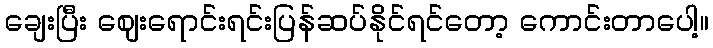
ချေးပြီး ဈေးရောင်းရင်းပြန်ဆပ်နိုင်ရင်တော့ ကောင်းတာပေါ့။